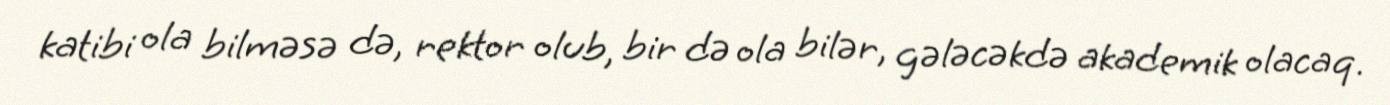
katibi ola bilməsə də, rektor olub, bir də ola bilər, gələcəkdə akademik olacaq.